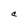
Character: C